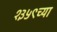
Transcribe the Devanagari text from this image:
१३५९च्या